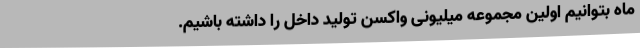
ماه بتوانیم اولین مجموعه میلیونی واکسن تولید داخل را داشته باشیم.